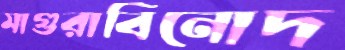
মাগুরাবিনোদ